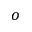
^ o